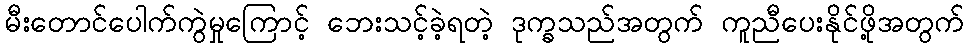
မီးတောင်ပေါက်ကွဲမှုကြောင့် ဘေးသင့်ခဲ့ရတဲ့ ဒုက္ခသည်အတွက် ကူညီပေးနိုင်ဖို့အတွက်